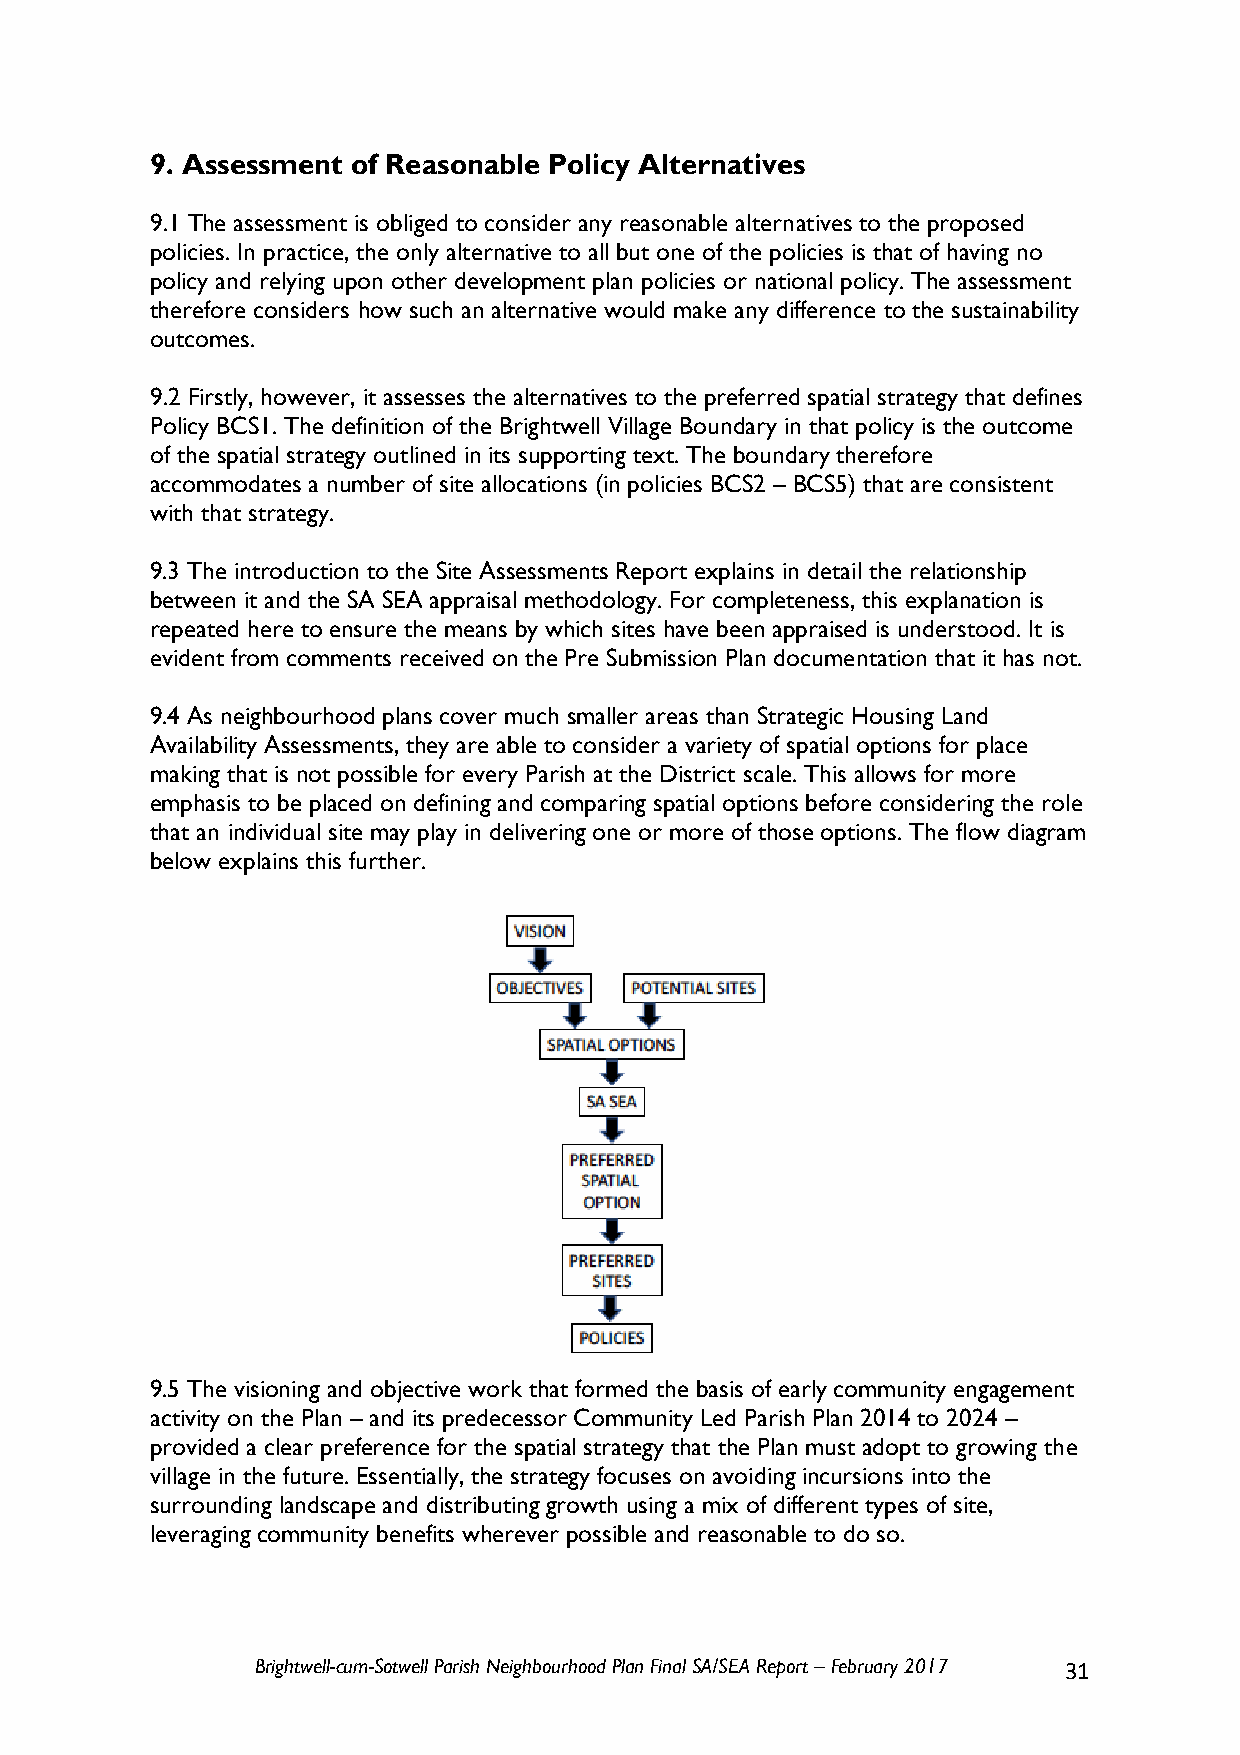
9. Assessment of Reasonable Policy Alternatives
 9.1 The assessment is obliged to consider any reasonable alternatives to the proposed
 policies. In practice, the only alternative to all but one of the policies is that of having no
 policy and relying upon other development plan policies or national policy. The assessment
 therefore considers how such an alternative would make any difference to the sustainability
 outcomes.
 9.2 Firstly, however, it assesses the alternatives to the preferred spatial strategy that defines
 Policy BCS1. The definition of the Brightwell Village Boundary in that policy is the outcome
 of the spatial strategy outlined in its supporting text. The boundary therefore
 accommodates a number of site allocations (in policies BCS2 – BCS5) that are consistent
 with that strategy.
 9.3 The introduction to the Site Assessments Report explains in detail the relationship
 between it and the SA SEA appraisal methodology. For completeness, this explanation is
 repeated here to ensure the means by which sites have been appraised is understood. It is
 evident from comments received on the Pre Submission Plan documentation that it has not.
 9.4 As neighbourhood plans cover much smaller areas than Strategic Housing Land
 Availability Assessments, they are able to consider a variety of spatial options for place
 making that is not possible for every Parish at the District scale. This allows for more
 emphasis to be placed on defining and comparing spatial options before considering the role
 that an individual site may play in delivering one or more of those options. The flow diagram
 below explains this further.
 9.5 The visioning and objective work that formed the basis of early community engagement
 activity on the Plan – and its predecessor Community Led Parish Plan 2014 to 2024 –
 provided a clear preference for the spatial strategy that the Plan must adopt to growing the
 village in the future. Essentially, the strategy focuses on avoiding incursions into the
 surrounding landscape and distributing growth using a mix of different types of site,
 leveraging community benefits wherever possible and reasonable to do so.
 Brightwell-cum-Sotwell Parish Neighbourhood Plan Final SA/SEA Report – February 2017 31